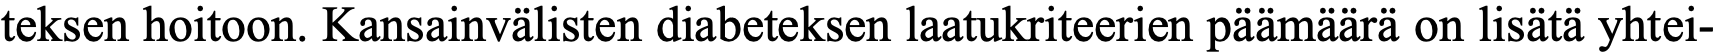
teksen hoitoon. Kansainvälisten diabeteksen laatukriteerien päämäärä on lisätä yhtei-